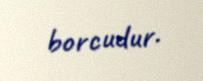
borcudur.